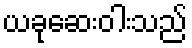
ယခုဆေးဝါးသည်